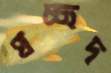
প্রচ্ছদ